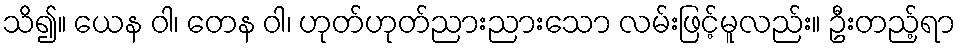
သိ၍။ ယေန ဝါ၊ တေန ဝါ၊ ဟုတ်ဟုတ်ညားညားသော လမ်းဖြင့်မူလည်း။ ဦးတည့်ရာ